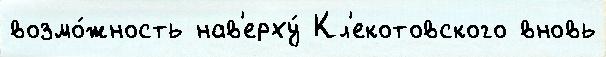
возмо́жность нав'ерху́ Кл'екотовского вновь